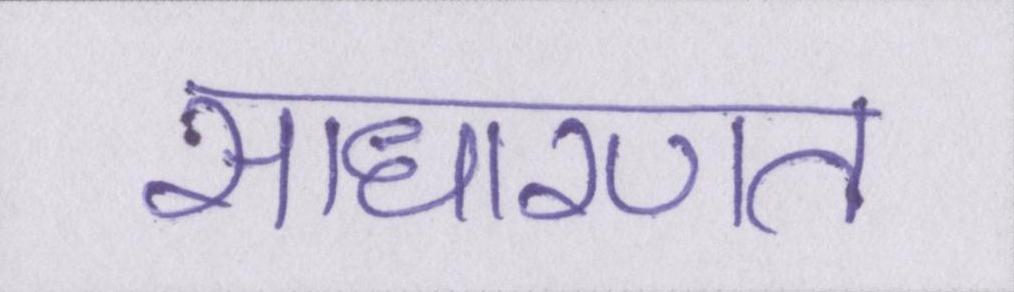
साधारणत